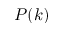
P ( k )